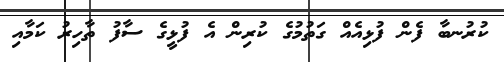
ކުރުނބާ ފެން ފުޅިއެއް ގަތުމުގެ ކުރިން އެ ފުޅީގެ ސާފު ތާހިރު ކަމާއި